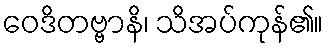
ဝေဒိတဗ္ဗာနိ၊ သိအပ်ကုန်၏။